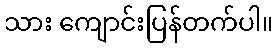
သား ကျောင်းပြန်တက်ပါ။